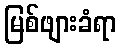
မြစ်ဖျားခံရာ